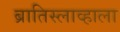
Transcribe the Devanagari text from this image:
ब्रातिस्लाव्हाला